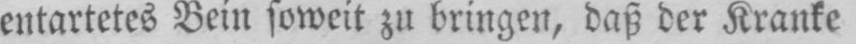
entartetes Bein soweit zu bringen, daß der Kranke